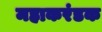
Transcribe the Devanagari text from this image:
महाकरंडक